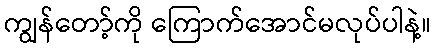
ကျွန်တော့်ကို ကြောက်အောင်မလုပ်ပါနဲ့။